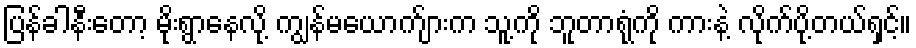
ပြန်ခါနီးတော့ မိုးရွာနေလို့ ကျွန်မယောက်ျားက သူ့ကို ဘူတာရုံကို ကားနဲ့ လိုက်ပို့တယ်ရှင့်။